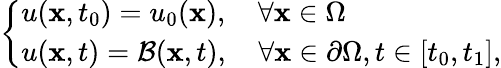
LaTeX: \begin{array}{r}{\left\{ \begin{array}{ll}{u(\mathbf{x},t_{0})=u_{0}(\mathbf{x}),\quad\forall\mathbf{x}\in\Omega}\\ {u(\mathbf{x},t)=\mathcal{B}(\mathbf{x},t),\quad\forall\mathbf{x}\in\partial\Omega,t\in[t_{0},t_{1}],}\end{array}\right.}\end{array}